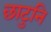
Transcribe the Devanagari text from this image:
छाटुनि